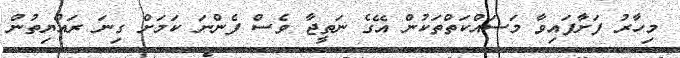
މިހާރު ފަށާފައިވާ މަސައްކަތްތަކުން އޭގެ ނަތީޖާ ވެސް ފެންނަ ކަމަށް ގިނަ ރައްޔިތުން